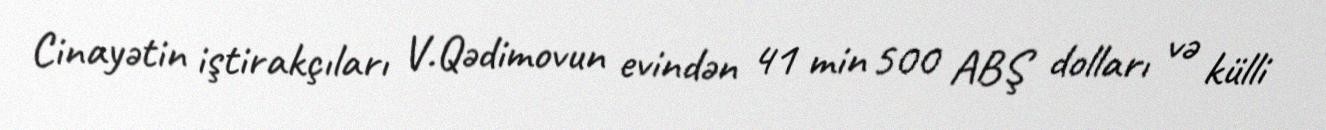
Cinayətin iştirakçıları V.Qədimovun evindən 41 min 500 ABŞ dolları və külli